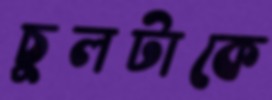
চুলটাকে